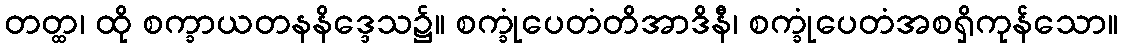
တတ္ထ၊ ထို စက္ခာယတနနိဒ္ဒေသ၌။ စက္ခုံပေတံတိအာဒိနီ၊ စက္ခုံပေတံအစရှိကုန်သော။